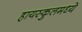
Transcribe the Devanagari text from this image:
हायस्कुलमध्ये